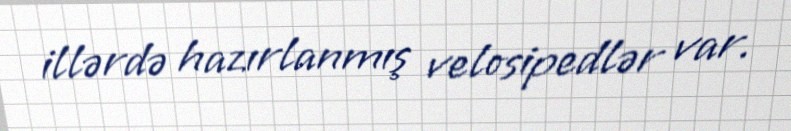
illərdə hazırlanmış velosipedlər var.